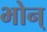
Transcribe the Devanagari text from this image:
भोन्